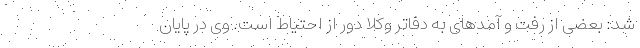
شد: بعضی از رفت و آمدهای به دفاتر وکلا دور از احتیاط است. وی در پایان